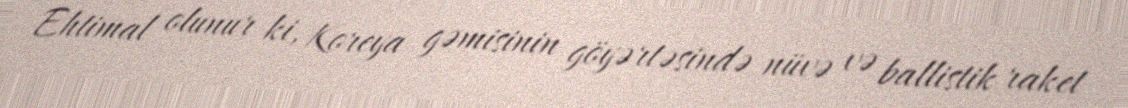
Ehtimal olunur ki, Koreya gəmisinin göyərtəsində nüvə və ballistik raket